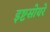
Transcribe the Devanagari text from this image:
इष्टसोयरे